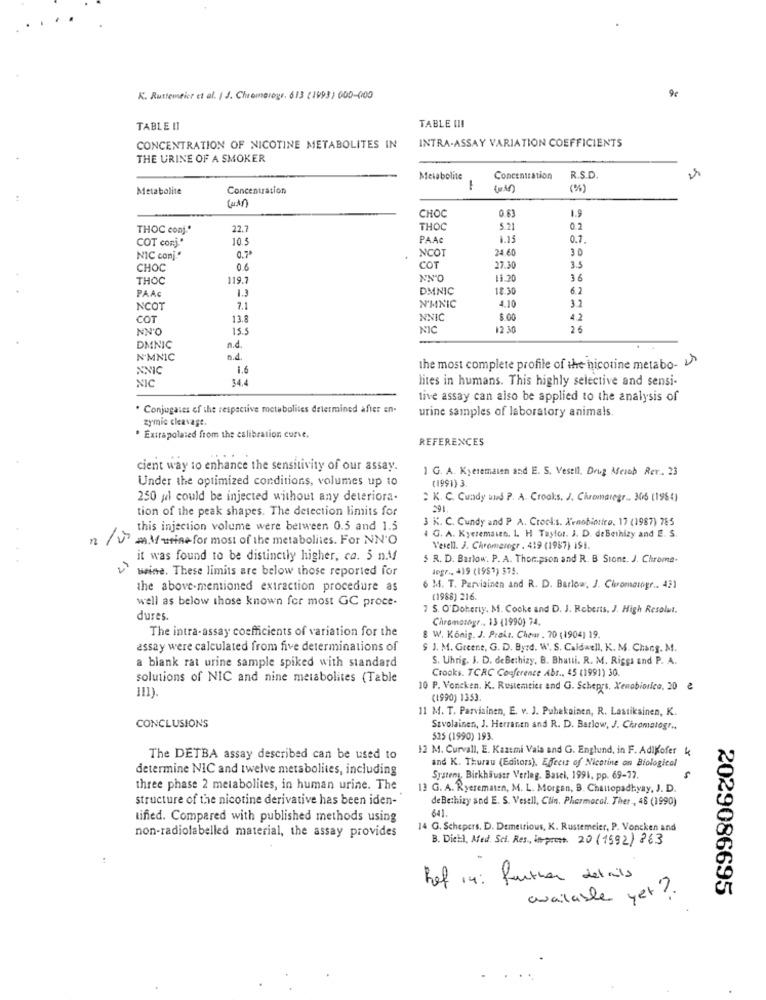
K. Ruttemeier et al. / J. Chromeroge. 613 (1993) 000-600
9€
TABLE !I
TABLE III
CONCENTRATION OF NICOTINE METABOLITES IN
INTRA-ASSAY VARIATION COEFFICIENTS
THE URINE OF A SMOKER
Metabolite
Concentration
R.S.D.
Metabolite
Concentration
-
(%)
CHOC
0.83
1.9
THOC conj."
22.7
THOC
5.21
02
COT conj."
10.5
PAA
1.15
0.7.
0.7ª
NCOI
24.60
3 0
NIC conj .*
CHOC
0.6
COT
27.30
3.
THOC
119.7
NN"O
13.20
36
PAAS
DMNIC
18.30
62
3.1
NCOT
7.1
N'MNIC
4.10
COT
13.8
NNIC
$.00
4.2
NN'O
15.5
NIC
12 .30
26
DMNIC
n.d.
N.MNIC
n.4.
NNIC
1.6
the most complete profile of the nicotine metabo-
NIC
34.4
lites in humans. This highly selective and sensi-
live assay can also be applied to the analysis of
. Conjugates of the respective metabolites determined after en.
urine samples of laboratory animals
zymic cleavage.
. Extrapolated from the calibration curve.
REFERENCES
cient way to enhance the sensitivity of our assay.
1 G. A. Kyeremain and E. S. Vesell, Drug Merob Rer. 23
Under the optimized conditions, volumes up to
(1991) 3.
250 yıl could be injected without any deteriora.
: K. C. Cundy und P. A. Crooks. J. Chromaregr .. 305 (1954)
tion of the peak shapes. The detection limits for
3 K. C. Cundy and P. A. Crocks. Xenobiotico, 17 (1987) 785
this injection volume were between 0.5 and 1.5
n /VmMurinefor most of the metabolites. For NN'O
4 G. A. Kyeremain. 1. H Taylor. J. D. de Bethizy and E. S.
Vesell. J. Chramerogr . 419 (1987) 191.
it was found to be distinctly higher, co. 5 n.Mf
5 R. D. Barlow. P. A. Thompson and R. B Siont. J. Chroma-
15
beine. These limits are below those reported for
Jegr ., 419 (1951) 375.
the above-mentioned extraction procedure as
M. T. Parviainen and R. D. Barlow, J. Chromatogr .. 431
well as below those known for most GC proce-
(1988) 216.
7 5. O'Doherty. M. Cocke and D. J. Roberts. J. High Resolut.
dures.
Chromatogr .. 13 (1990) 74.
The intra-assay coefficients of variation for the
8 W. König. J. Praks. Chevr . 70 (1904) 19.
assay were calculated from five determinations of
$ J. M. Greene, G. D. Byrd. W. S. Caldwell, K. M. Chang. M.
a blank rat urine sample spiked with standard
S. Uhrig. J. D. deBethizy, B. Bhatti. R. M. Riggs and P. A.
Crooks. TCRC Conference Abr ., 45 (1991) 30.
solutions of NIC and nine metabolites (Table
111)
10 P. Voncken. K. Restemeier and G. Scheprs, Xenobiorico, 20 €
(1990) 1353.
11 M. T. Parviainen, E. v. J. Pubekainen, R. Lastikainen, K.
CONCLUSIONS
Szvolainen, J. Herranen and R. D. Barlow, J. Chromatogr ..
525 (1990) 193.
12 M. Curvall, E. Kazemi Vala and G. Englund, in F. AdiKofer 4
The DETBA assay described can be used to
determine NIC and twelve metabolites, including
and K. Thurau (Editors), Effects of Nicotine on Biological
Systems, Birkhäuser Verleg. Basel, 1991, pp. 69-77.
three phase 2 metabolites, in human urine. The
13 G. A. Ryerematen, M. L. Morgan, B. Chattopadhyay, J. D.
structure of the nicotine derivative has been iden-
deBethizy and E. S. Vesell, Clin. Pharmacal. Ther , 48 (1990)
641.
tified. Compared with published methods using
14 G. Schepers. D. Demetrious, K. Rustemeler, P. Voncken and
non-radiolabelled material, the assay provides
B. Dieil, Med. Sci. Res, imprest. 20 (1592) 363
Ref 14: further details
2029086695
available yet ?